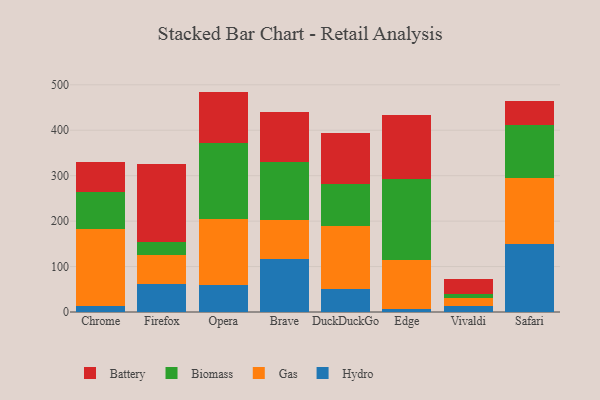
{"axis": {"x": "Browser", "y": "Tickets Resolved"}, "legend": ["Battery", "Biomass", "Gas", "Hydro"], "data": [{"x": "Chrome", "y": 12.2, "type": "Hydro"}, {"x": "Chrome", "y": 170.4, "type": "Gas"}, {"x": "Chrome", "y": 80.6, "type": "Biomass"}, {"x": "Chrome", "y": 65.9, "type": "Battery"}, {"x": "Firefox", "y": 62.7, "type": "Hydro"}, {"x": "Firefox", "y": 62.5, "type": "Gas"}, {"x": "Firefox", "y": 28.1, "type": "Biomass"}, {"x": "Firefox", "y": 172.4, "type": "Battery"}, {"x": "Opera", "y": 58.9, "type": "Hydro"}, {"x": "Opera", "y": 146.4, "type": "Gas"}, {"x": "Opera", "y": 166.3, "type": "Biomass"}, {"x": "Opera", "y": 113.5, "type": "Battery"}, {"x": "Brave", "y": 115.8, "type": "Hydro"}, {"x": "Brave", "y": 87.7, "type": "Gas"}, {"x": "Brave", "y": 127.1, "type": "Biomass"}, {"x": "Brave", "y": 109.1, "type": "Battery"}, {"x": "DuckDuckGo", "y": 50.9, "type": "Hydro"}, {"x": "DuckDuckGo", "y": 137.4, "type": "Gas"}, {"x": "DuckDuckGo", "y": 92.9, "type": "Biomass"}, {"x": "DuckDuckGo", "y": 111.9, "type": "Battery"}, {"x": "Edge", "y": 5.9, "type": "Hydro"}, {"x": "Edge", "y": 109.2, "type": "Gas"}, {"x": "Edge", "y": 178.0, "type": "Biomass"}, {"x": "Edge", "y": 140.9, "type": "Battery"}, {"x": "Vivaldi", "y": 13.8, "type": "Hydro"}, {"x": "Vivaldi", "y": 16.8, "type": "Gas"}, {"x": "Vivaldi", "y": 8.0, "type": "Biomass"}, {"x": "Vivaldi", "y": 34.6, "type": "Battery"}, {"x": "Safari", "y": 148.6, "type": "Hydro"}, {"x": "Safari", "y": 147.0, "type": "Gas"}, {"x": "Safari", "y": 115.2, "type": "Biomass"}, {"x": "Safari", "y": 54.7, "type": "Battery"}]}